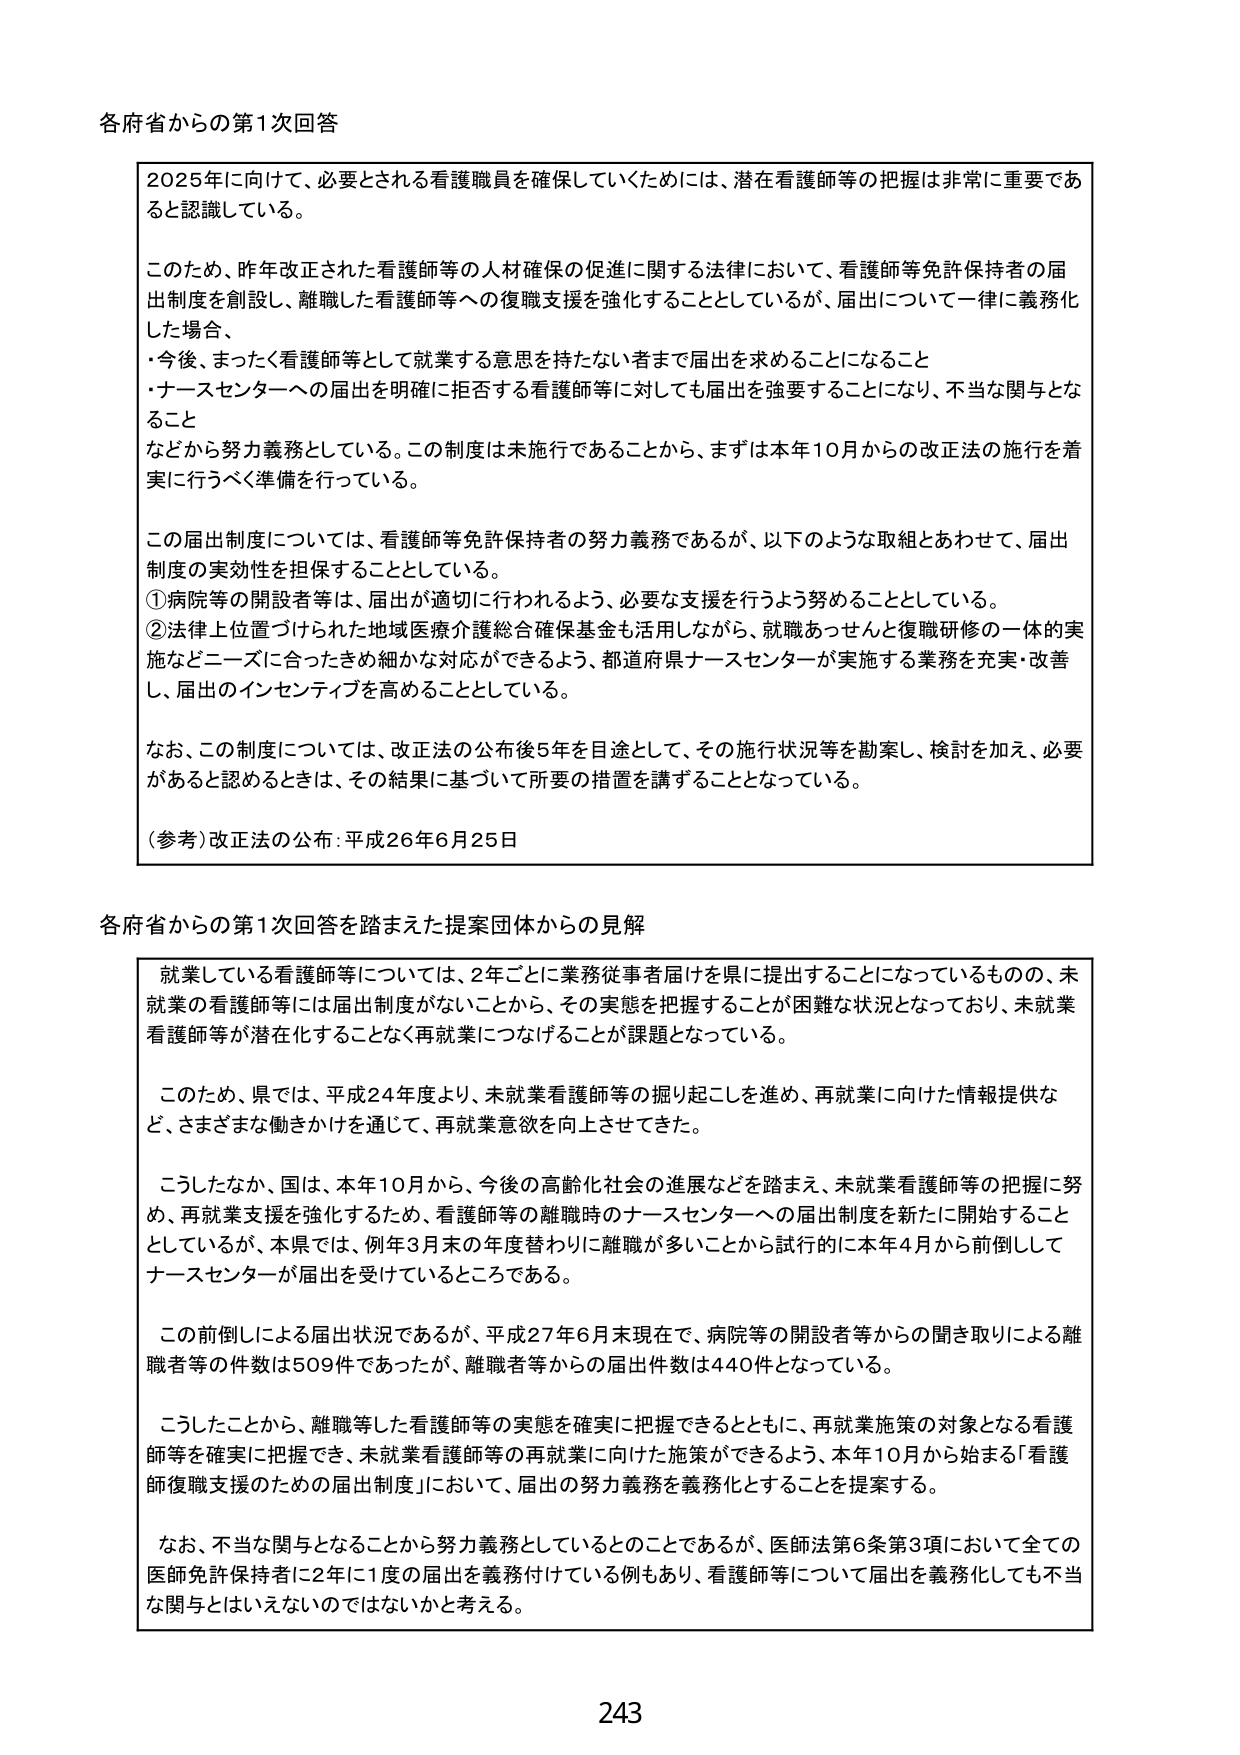
各府省からの第1次回答

2025年に向け、必要とされる看護職員を確保していくためには、潜在看護師等の把握は非常に重要であると認識している。

このため、昨年改正された看護師等の人材確保の促進に関する法律において、看護師等免許保持者の届出制度を創設し、離職した看護師等への復職支援を強化することとしているが、届出について一律に義務化した場合、
・今後、まったく看護師等として就業する意思を持たない者まで届出を求めることになること
・ナースセンターへの届出を明確に拒否する看護師等に対しても届出を強要することになり、不当な関与となること
などから努力義務としている。この制度は未施行であることから、まずは本年10月からの改正法の施行を着実に行うべく準備を行っている。

この届出制度については、看護師等免許保持者の努力義務であるが、以下のような取組とあわせて、届出制度の実効性を担保することとしている。
①病院等の開設者等は、届出が適切に行われるよう、必要な支援を行うよう努めることとしている。
②法律上位置づけられた地域医療介護総合確保基金も活用しながら、就職あっせんと復職研修の一体的実施などニーズに合ったきめ細かな対応ができるよう、都道府県ナースセンターが実施する業務を充実・改善し、届出のインセンティブを高めることとしている。

なお、この制度については、改正法の公布後5年を目途として、その施行状況等を勘案し、検討を加え、必要があると認めるときは、その結果に基づいて所要の措置を講ずることとなっている。

（参考）改正法の公布：平成26年6月25日

各府省からの第1次回答を踏まえた提案団体からの見解

就業している看護師等については、2年ごとに業務従事者届けを県に提出することになっているものの、未就業の看護師等には届出制度がないことから、その実態を把握することが困難な状況となっており、未就業看護師等が潜在化することなく再就業につなげることが課題となっている。

このため、県では、平成24年度より、未就業看護師等の掘り起こしを進め、再就業に向けた情報提供など、さまざまな働きかけを通じて、再就業意欲を向上させてきた。

こうしたなか、国は、本年10月から、今後の高齢化社会の進展などを踏まえ、未就業看護師等の把握に努め、再就業支援を強化するため、看護師等の離職時のナースセンターへの届出制度を新たに開始することとしているが、本県では、例年3月末の年度替わりに離職が多いことから試行的に本年4月から前倒ししてナースセンターが届出を受けているところである。

この前倒しによる届出状況であるが、平成27年6月末現在で、病院等の開設者等からの聞き取りによる離職者等の件数は509件であったが、離職者等からの届出件数は440件となっている。

こうしたことから、離職等した看護師等の実態を確実に把握できるとともに、再就業施策の対象となる看護師等を確実に把握でき、未就業看護師等の再就業に向けた施策ができるよう、本年10月から始まる「看護師復職支援のための届出制度」において、届出の努力義務を義務化することを提案する。

なお、不当な関与となることから努力義務としているとのことであるが、医師法第6条第3項において全ての医師免許保持者に2年に1度の届出を義務付けている例もあり、看護師等について届出を義務化しても不当な関与とはいえないのではないかと考える。

243